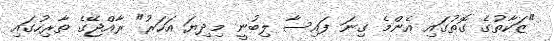
"ޒަކާތުގެ ގޮތުގައި އެންމެ ގިނަ ފައިސާ ލިބުނީ މިދިޔަ އަހަރު" ރާއްޖޭގެ ތާރިހުގައި